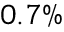
0 . 7 \%